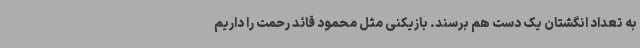
به تعداد انگشتان یک دست هم برسند. بازیکنی مثل محمود قائد رحمت را داریم